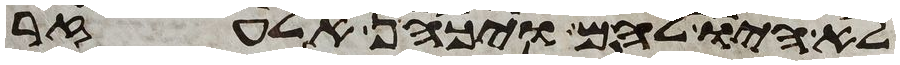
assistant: לא היו להם ויכהן אלעזר